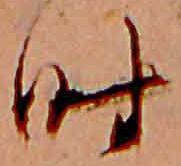
時